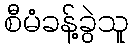
စီမံခန့်ခွဲသူ